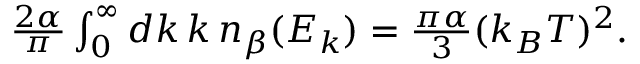
\begin{array} { r } { \frac { 2 \alpha } { \pi } \int _ { 0 } ^ { \infty } d k \, k \, n _ { \beta } ( E _ { k } ) = \frac { \pi \alpha } { 3 } ( k _ { B } T ) ^ { 2 } . } \end{array}